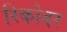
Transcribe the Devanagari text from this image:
रिकोवर